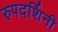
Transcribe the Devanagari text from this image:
रुपदर्शिनी